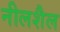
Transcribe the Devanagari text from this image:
नीलशैल